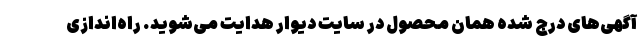
آگهی‌های درج شده همان محصول در سایت دیوار هدایت می‌شوید. راه‌اندازی